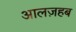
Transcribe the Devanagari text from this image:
आलज़हब